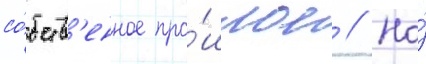
со́бств'енное про́шлое // Но́